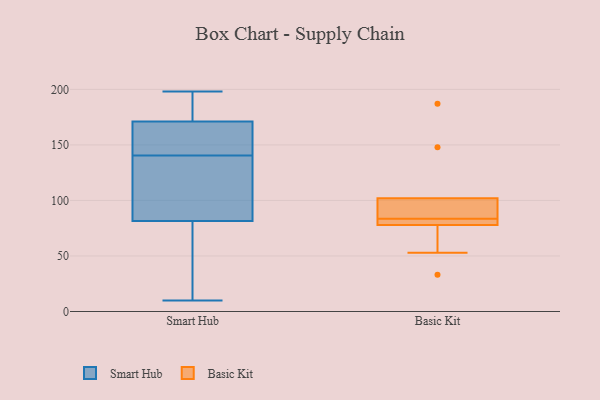
{"axis": {"x": "LTV (USD)", "y": "Value"}, "legend": ["Basic Kit", "Smart Hub"], "data": [{"x": "", "y": 98, "type": "Smart Hub"}, {"x": "", "y": 179, "type": "Smart Hub"}, {"x": "", "y": 160, "type": "Smart Hub"}, {"x": "", "y": 196, "type": "Smart Hub"}, {"x": "", "y": 116, "type": "Smart Hub"}, {"x": "", "y": 187, "type": "Smart Hub"}, {"x": "", "y": 194, "type": "Smart Hub"}, {"x": "", "y": 49, "type": "Smart Hub"}, {"x": "", "y": 153, "type": "Smart Hub"}, {"x": "", "y": 124, "type": "Smart Hub"}, {"x": "", "y": 163, "type": "Smart Hub"}, {"x": "", "y": 145, "type": "Smart Hub"}, {"x": "", "y": 65, "type": "Smart Hub"}, {"x": "", "y": 160, "type": "Smart Hub"}, {"x": "", "y": 136, "type": "Smart Hub"}, {"x": "", "y": 15, "type": "Smart Hub"}, {"x": "", "y": 198, "type": "Smart Hub"}, {"x": "", "y": 62, "type": "Smart Hub"}, {"x": "", "y": 10, "type": "Smart Hub"}, {"x": "", "y": 117, "type": "Smart Hub"}, {"x": "", "y": 84, "type": "Basic Kit"}, {"x": "", "y": 80, "type": "Basic Kit"}, {"x": "", "y": 78, "type": "Basic Kit"}, {"x": "", "y": 102, "type": "Basic Kit"}, {"x": "", "y": 187, "type": "Basic Kit"}, {"x": "", "y": 148, "type": "Basic Kit"}, {"x": "", "y": 53, "type": "Basic Kit"}, {"x": "", "y": 33, "type": "Basic Kit"}, {"x": "", "y": 89, "type": "Basic Kit"}, {"x": "", "y": 83, "type": "Basic Kit"}]}